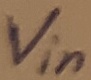
Text: Vin